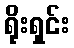
ရိုးရှင်း